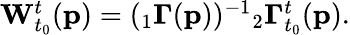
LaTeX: \begin{array}{r}{\mathbf{W}_{t_{0}}^{t}(\mathbf{p})=({}_{1}\mathbf{\Gamma}(\mathbf{p}))^{-1}{}_{2}\mathbf{\Gamma}_{t_{0}}^{t}(\mathbf{p}).}\end{array}